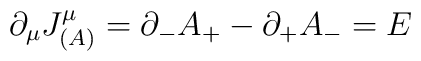
\partial_\mu J^\mu_{(A)}=\partial_-A_+-\partial_+A_-=E